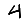
Digit: 4